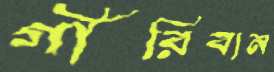
গীরিবান